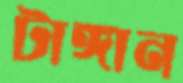
টাঙ্গান